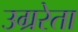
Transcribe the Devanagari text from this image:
उग्ररेता